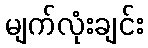
မျက်လုံးချင်း